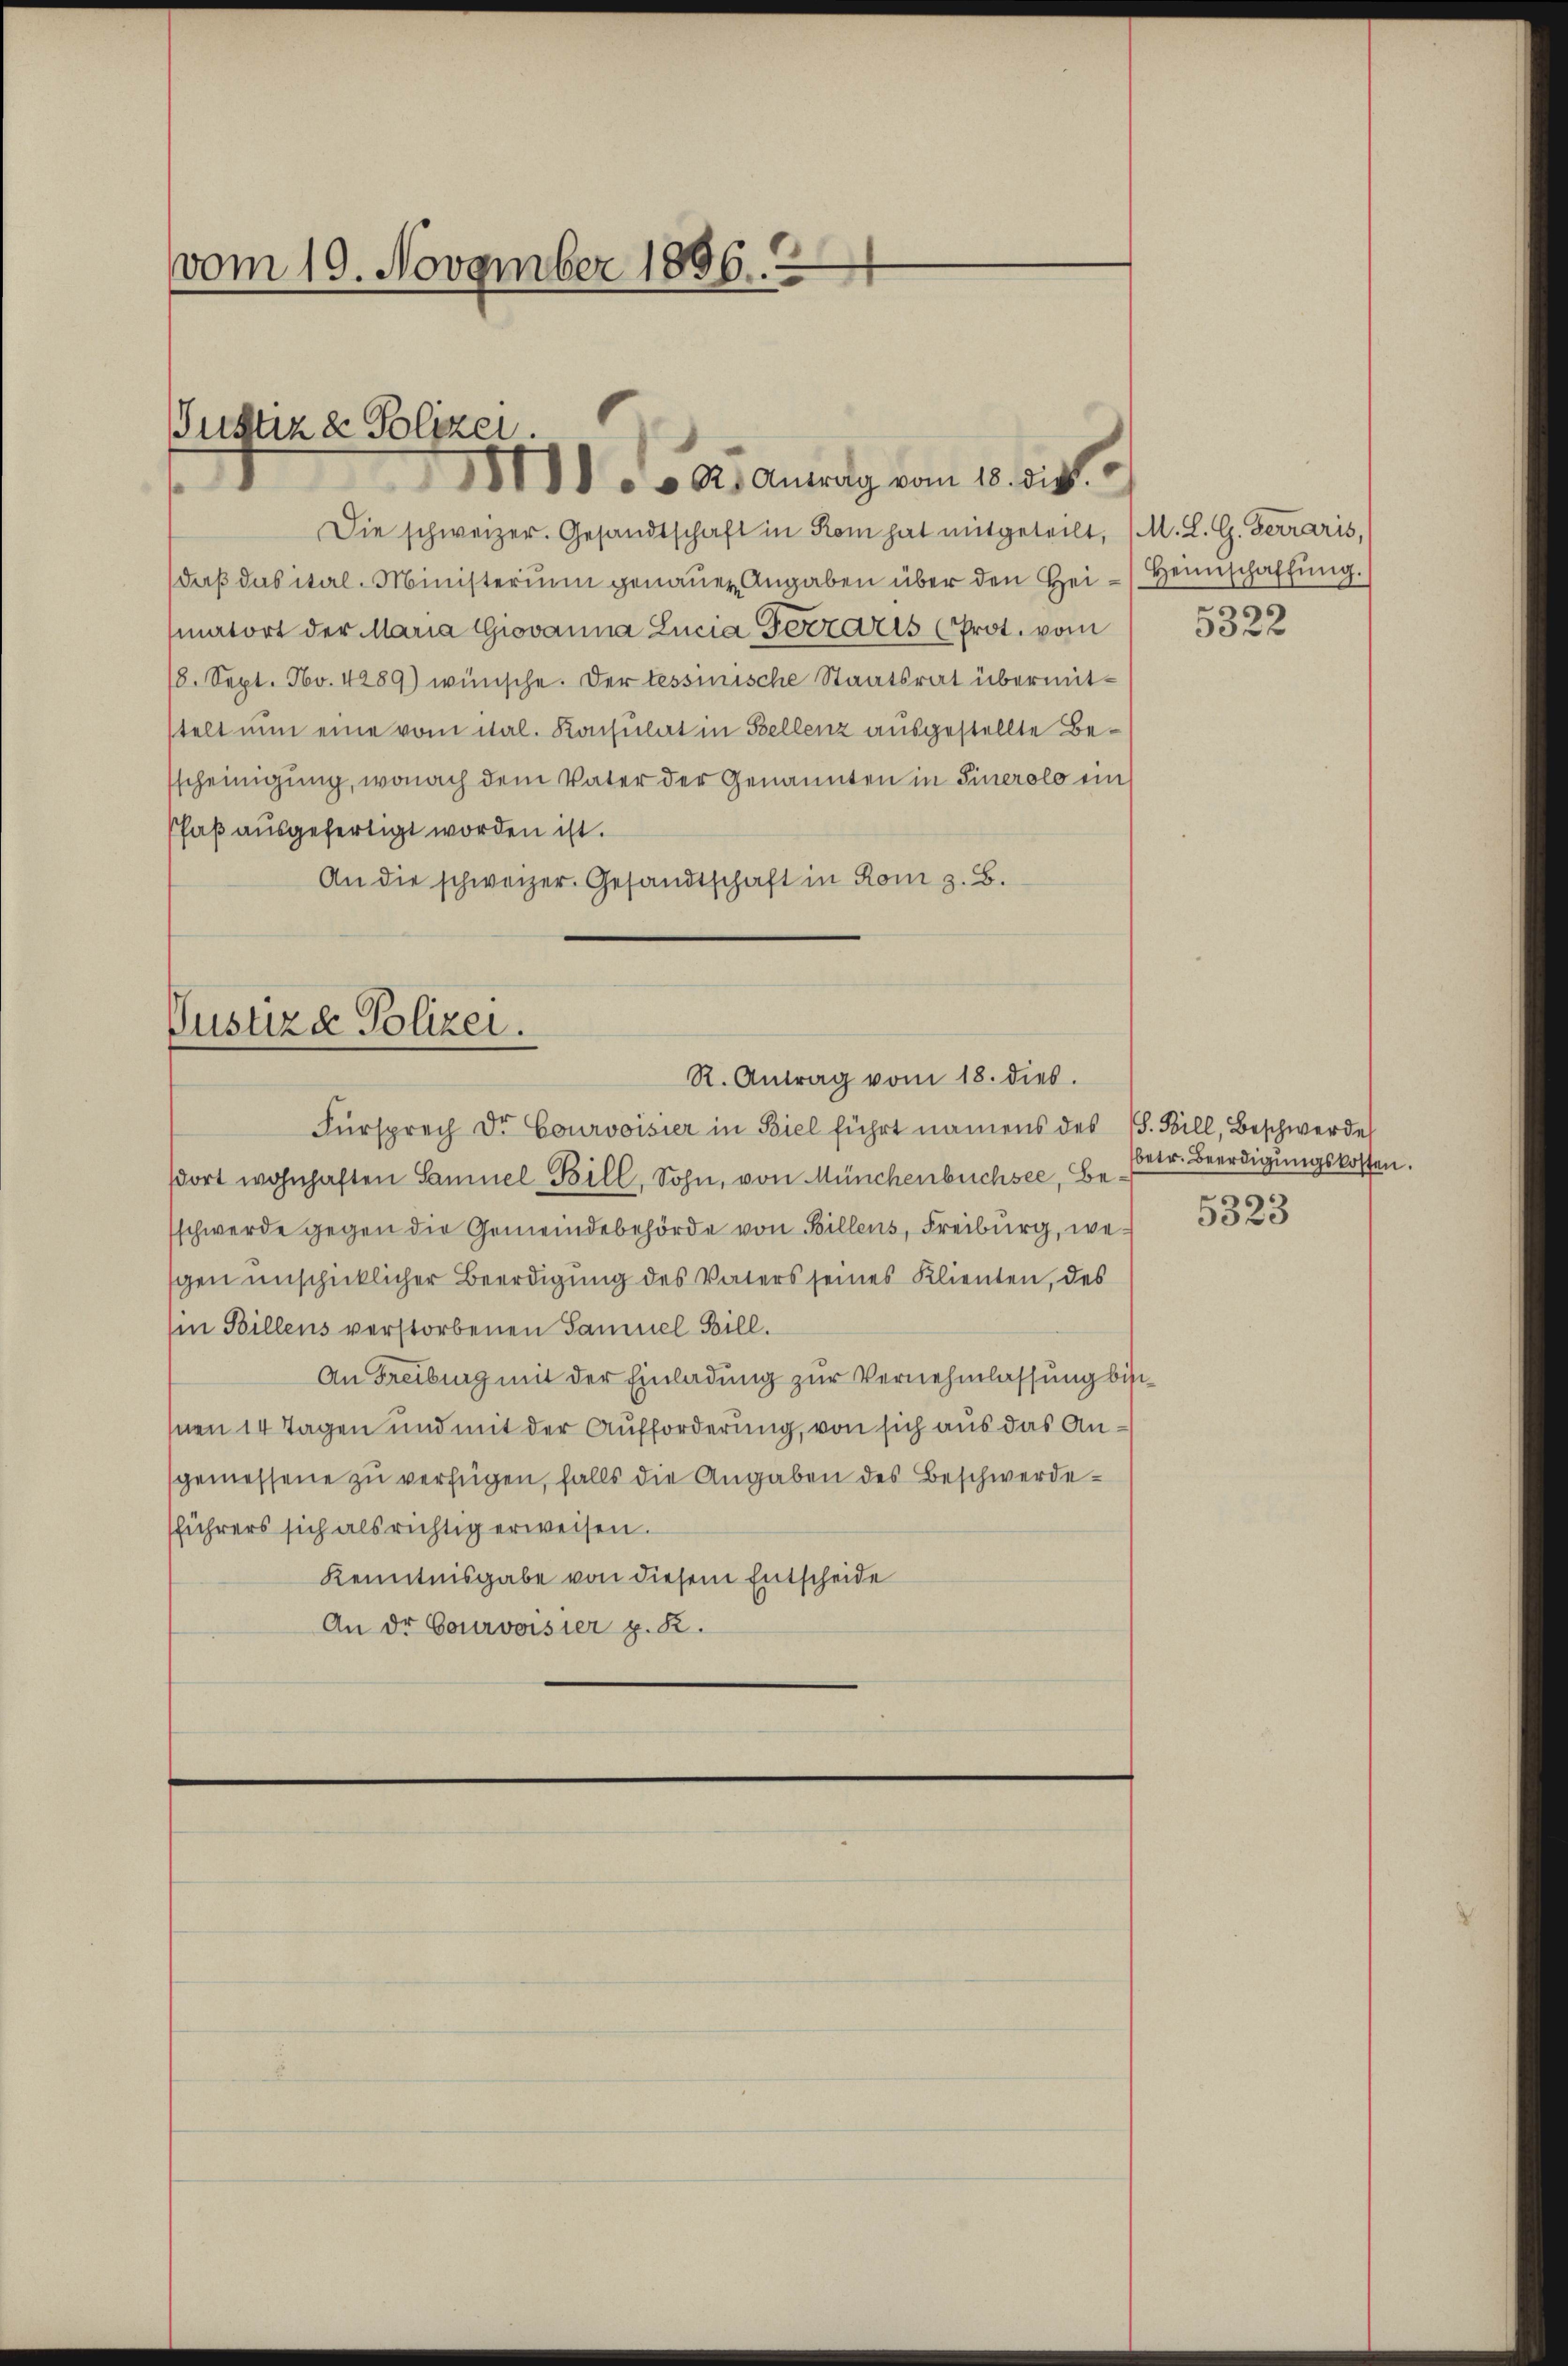
vom 19. November 1886.

Die schweizer. Gesandtschaft in Rom hat mitgeteilt, (M. L. G. Ferraris,
daβ das ital-Ministerium genauen Angaben über den Hei-Heimschaffung.
matort der Maria Giovanna Lucia Ferraris (Prot. vom
18. Sept. No. 4289) wünsche. Der tessinische Staatsrat übermitstelt nun eine vom ital. Konsulat in Bellenz ausgestellte Besscheinigung, wonach dem Vater der Genannten in Sinerolo ein
Pfaß ausgefertigt worden ist.
An die schweizer. Gesandtschaft in Rom z. B.

Justiz & Polizei.
1). A. Antrag vom 18. die

Justizd Polizei.
R. Antrag vom 18. dies.

Fürsprech Dr. Courvoisier in Biel führt namens des (S. Bill, Beschwerde
sort wohnhaften Samuel Bill, Sohn, von Münchenbüchsee, Beschwerde gegen die Gemeindebehörde von Billens, Freiburg, wegen unschicklicher Beerdigung des Vaters seines Klienten, des
(in Billens verstorbenen Samuel Bill.
An Freiburg mit der Einladung zur Vernehmlassung bissnen 14 Tagen und mit der Aufforderung, von sich aus das Angemessene zu verfügen, falls die Angaben des Beschwerdesführers sich als richtig erweisen.
Kenntnisgabe von diesem Entscheide
An der Courvoisier z. B.

5322

betr. Beerdigungskosten.
u
5323